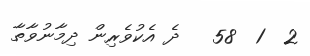
2  1  58   ދެ އެކުވެރިން ދިމާނުވާތާ